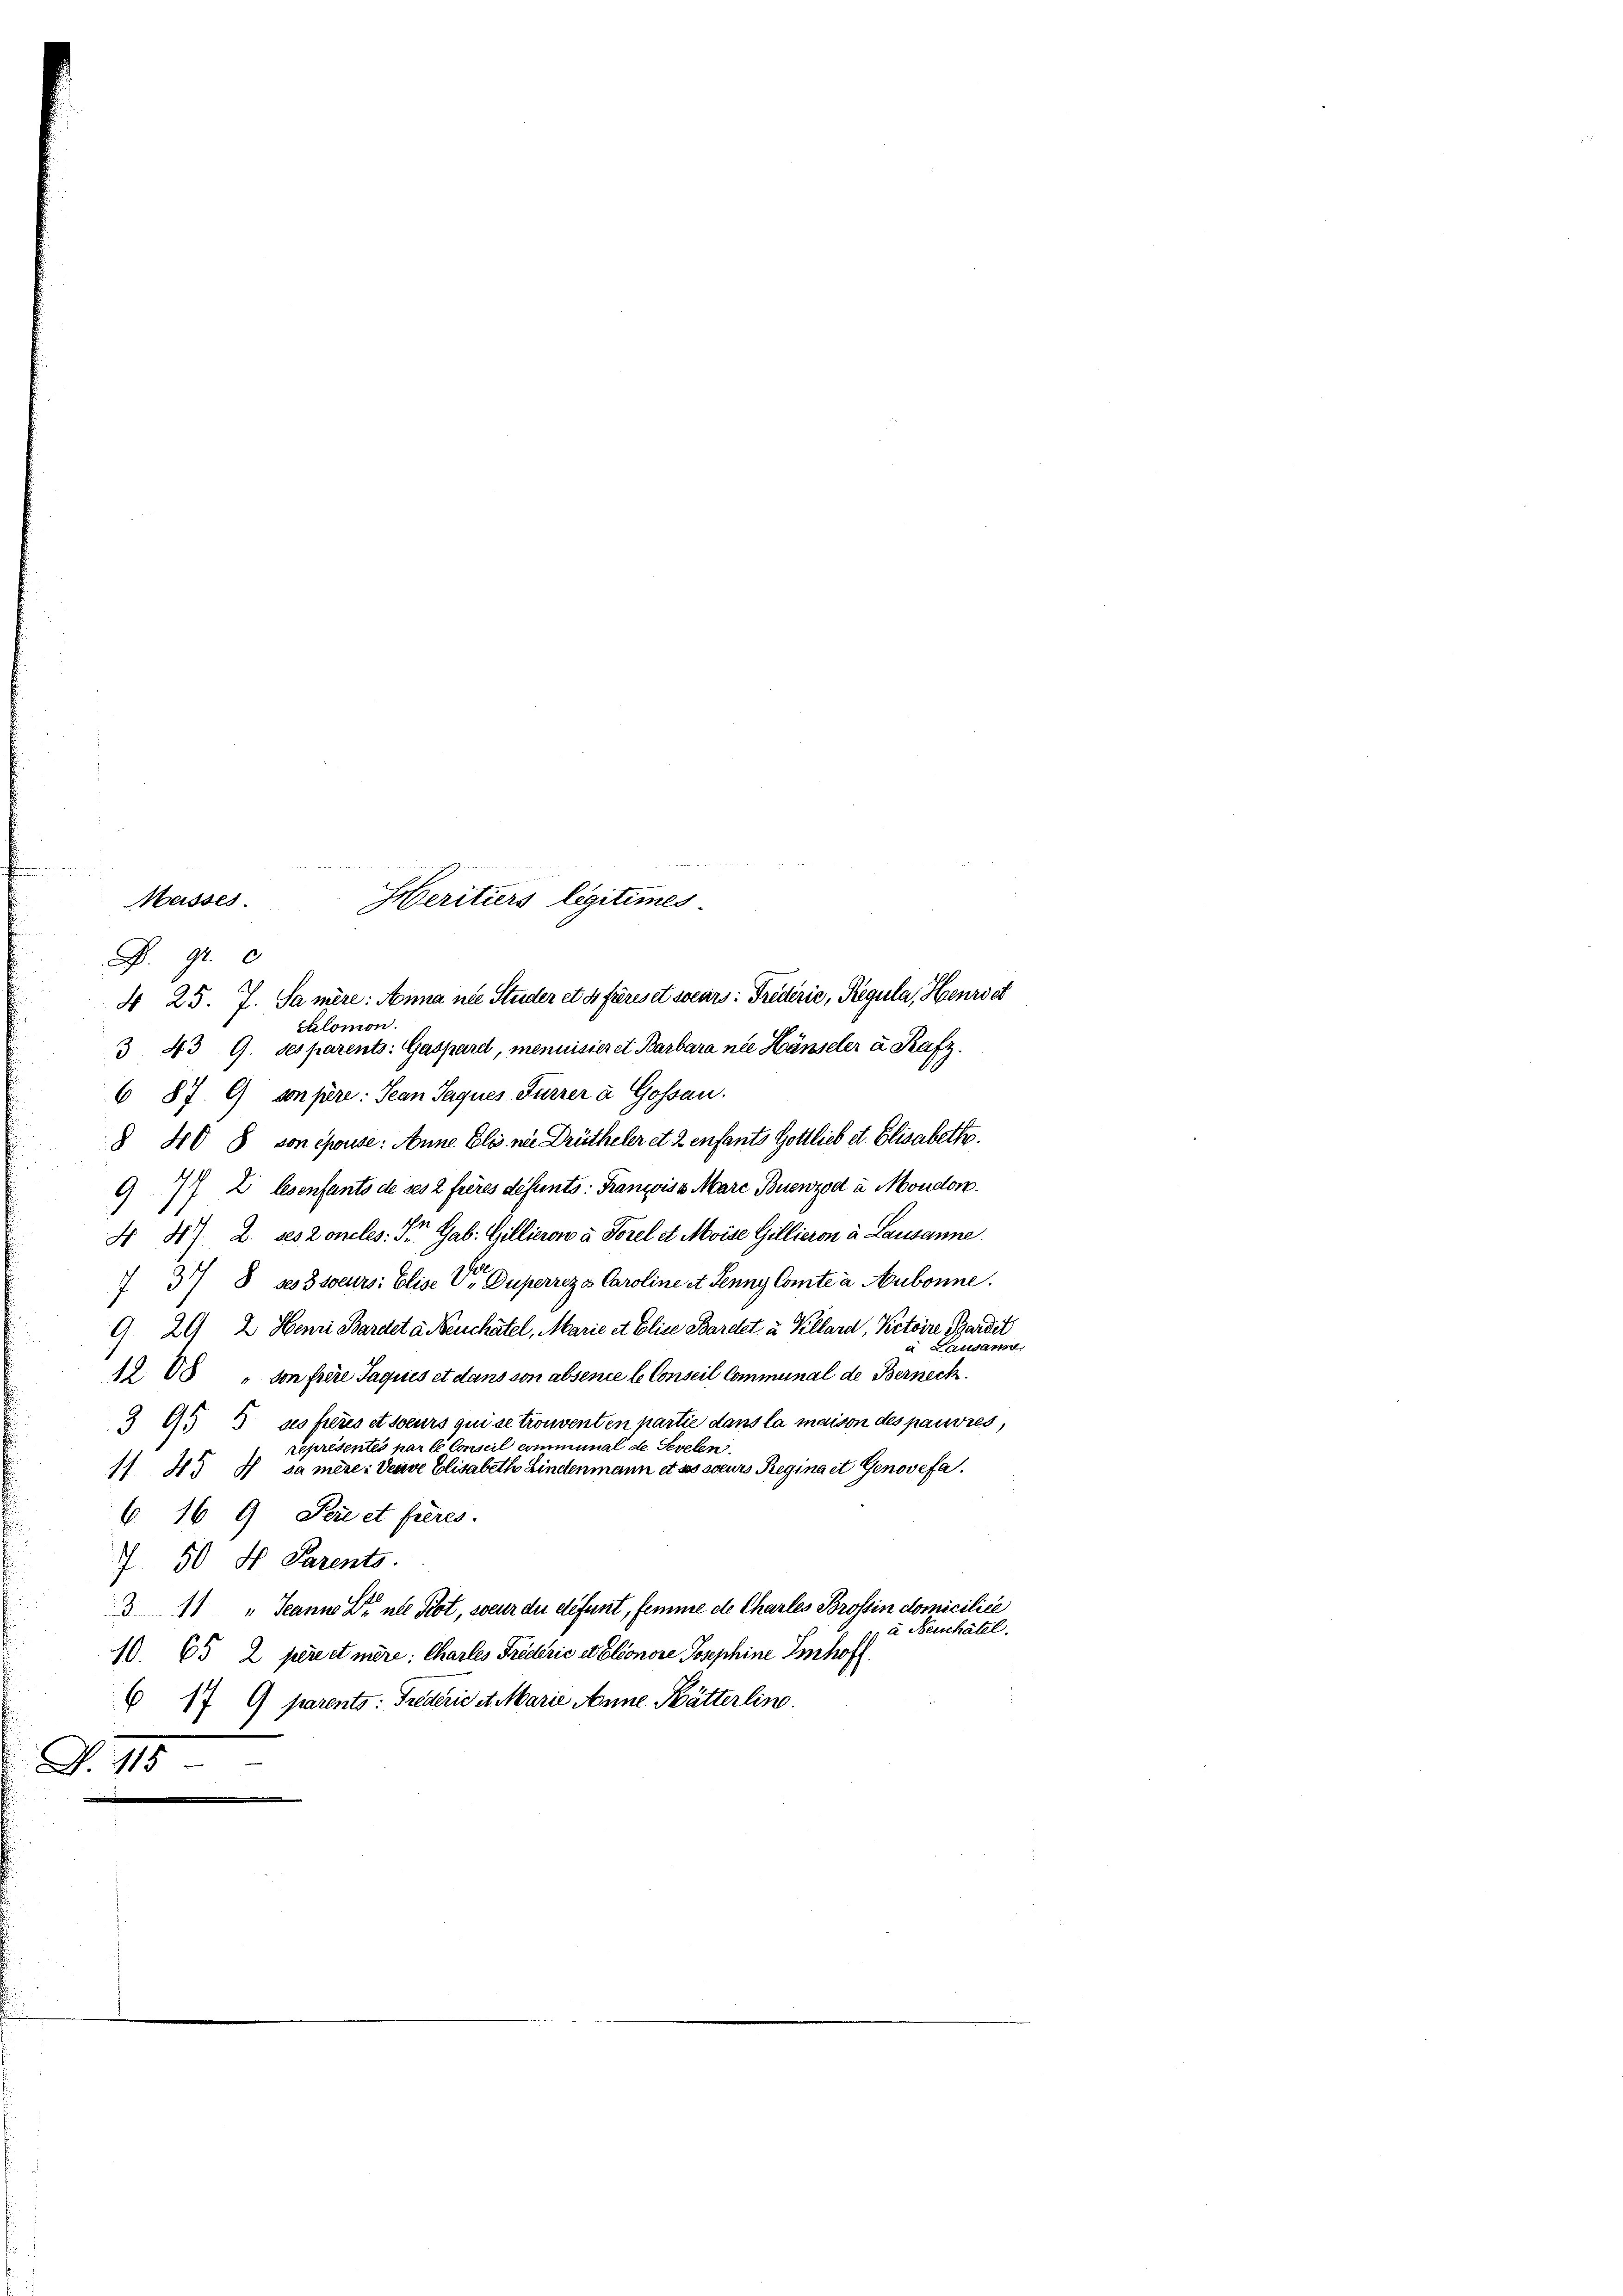
P. 91.
4 25. J. Samère: Anna nie Studer et s férés et soeurs: Tredérić, Regula, Henriet
Calomon.
3. 43 9. des parents: Gaspard, menuisieret Barbara nie Hänseler a Rafz
6 87. 9 son pere: Jean Jaques Furrer à Gossau.
§ 40 8 von chouse: Anne Elis nie Drütheler et 2 enfants Gottlieb et Elisabethe
977 Z lesenfants de ses 2 frères défunts: François v. Marc Buenzod à Moudon.
N 4). 2. des Concles: St. Gab: Gillieren à Forel et Moise Gillieron à Lausanne.
7 37 8 ses soeurs: Elise V. Duperrez Caroline et Jenny Comtea Aubonne.
9 20 2 Henri Bardet à euchâtel, Marie et Elise Bardet u Kellard, Petoire Pardit
Lausann
2
19. 15 " von freie Jaques et dans son absence le Conseil Communal de Berneck
9 15 5 ses pers et soeurs qui se trouventen partie dans la maison des pauvres,
représentés par le Conseil communal de Sevelen
11. 4. H sa mère: Deave Elisabeth Bindenmann et ses soeurs Regina et Genovefa
6. 16 9 Pere et fieres.
7 50 M. Parents.
3 11 " Jeann Dr. nie Kot, soeur du défunt, femme de Charles Brostin domicilice
a Neuchâtel
10. 65 2 piret mère: Chartes Friderić - Cleonore Josephine Imhoff
6 17 G parents: Frederie et Marie Anne Bätterline.
D. III

Musses. Heritiers legitimes